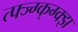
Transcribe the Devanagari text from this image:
त्फ्ज्ग्क्ग्क्झ